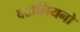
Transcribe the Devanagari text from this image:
बटालियनो